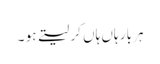
ہر بار ہاں ہاں کر لیتے ہو ۔